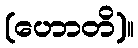
(ဟောတိ)။